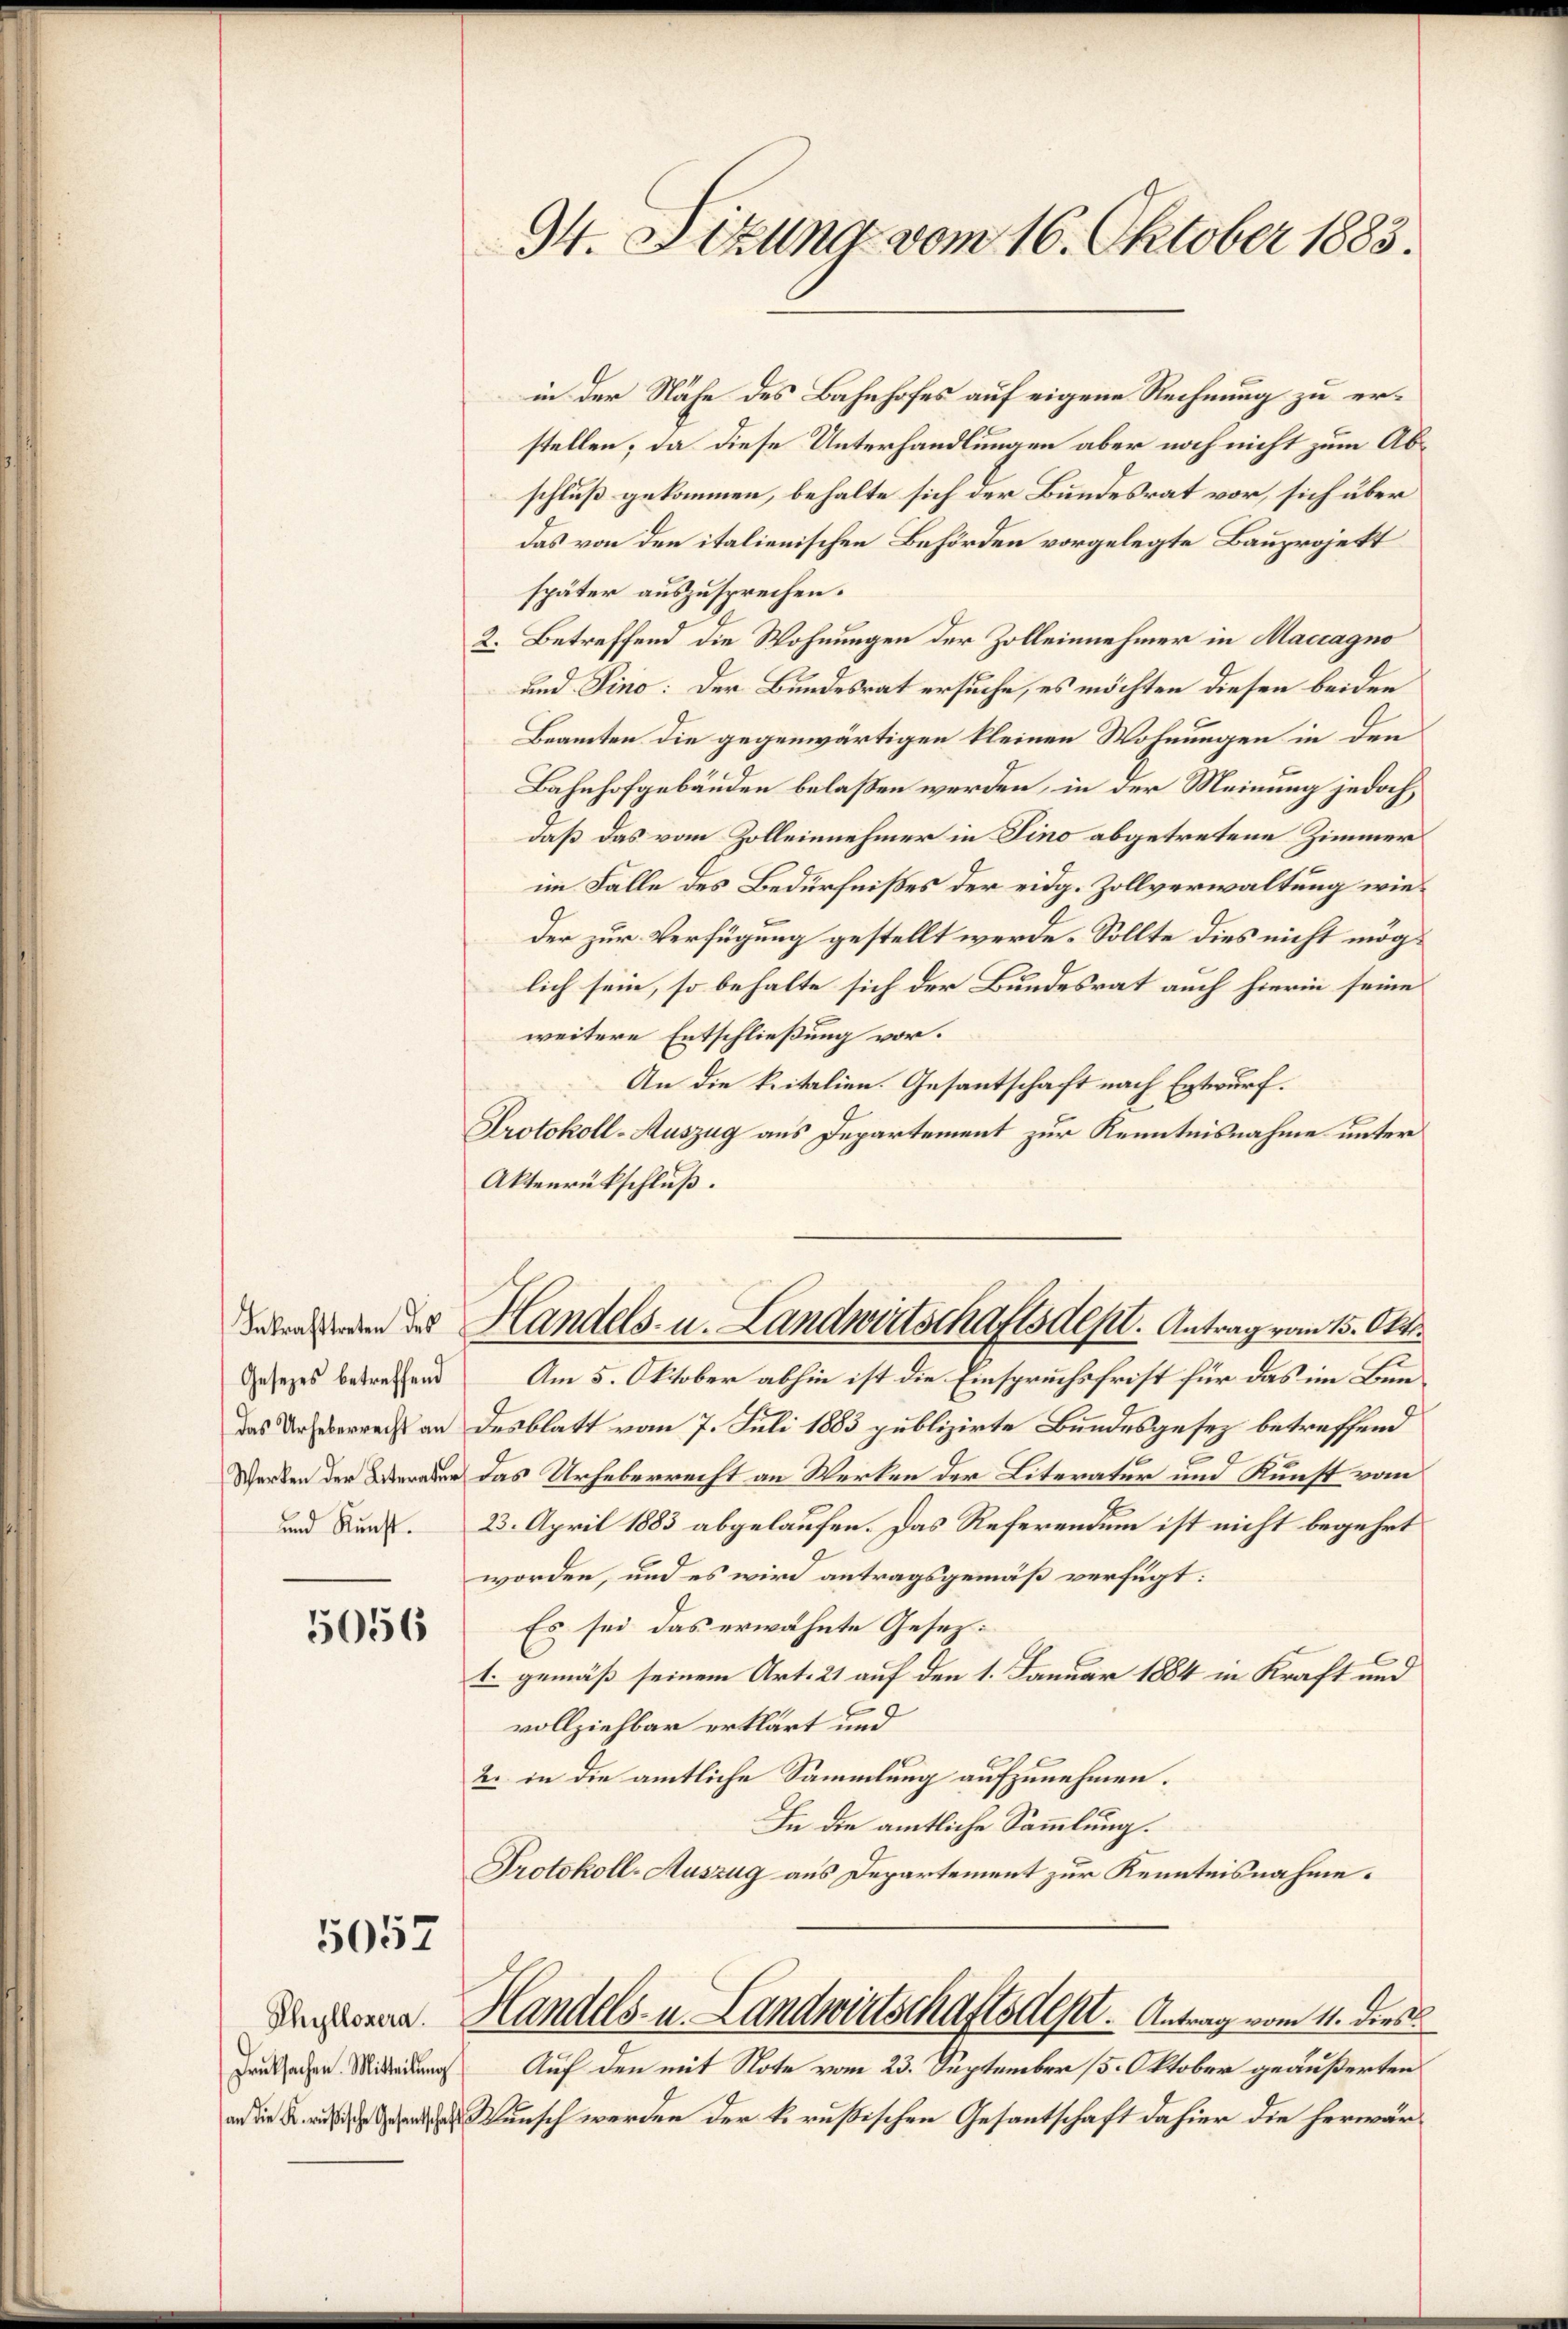
Inkrafttreten des
Gesetzes betreffend
das Urheberrecht an
Werken der Literatur
und Kunst.

5056

5052

Phyllozera.
Druksachen. Mitteilung
an die K. Rußische Gesantschaf

34. Sizung vom 16. Oktober 1883.

in der Nähe des Bahnhofes auf eigene Rechnung zu erstellen; da diese Unterhandlungen aber noch nicht zum Abschluß gekommen, behalte sich der Bundesrat vor, sich über
das von den italienischen Behörden vorgelegte Bauprojekt
später auszusprechen.
2. Betreffend die Wohnungen der Zolleinnehmer in Maccagno
und Pino: Der Bundesrat ersuche, es möchten diesen beiden
Beamten die gegenwärtigen kleinen Wohnungen in den
Bahnhofgebäuden belaßen werden, in der Meinung jedoch
daß das vom Zolleinnehmer in Sino abgetretene Zimmer
im Falle des Bedürfnißes der eidg. Zollverwaltung wieder zur Verfügung gestellt werde. Sollte dies nicht möglich sein, so behalte sich der Bundesrat auch hierin seine
weitere Entschließung vor.
An die kritalien. Gesantschaft nach Entwurf.
Protokoll-Auszug aus Departement zur Kenntnisnahme unter
Aktenrückschluß.
Handels- u. Landwirtschaftsdept. Antrag vom 15. Oktb.
Am 5. Oktober abhin ist die Einspruchsfrist für das im Bundesblatt vom 7. Juli 1883 publizirte Bundesgesez betreffend
das Urheberrecht an Werken der Literatur und Kunst vom
23. April 1883 abgelaufen. Das Referendum ist nicht begehrt
worden, und es wird antragsgemäß verfügt:
Es sei das erwähnte Gesezt. gemäß seinem Art. 21 auf den 1. Januar 1884 in Kraft und
vollziehbar erklärt und
2. in die amtliche Sammlung aufzunehmen.
In die amtliche Sammlung.
Protokoll-Auszug aus Departement zur Kenntnisnahme.
Handels- u. Landwirtschaftsdept.  Antrag vom 11. dies
Auf den mit Note vom 23. September 15. Oktober geäußerten
Wunsch werden der k. rußischen Gesantschaft dahier die herwär¬